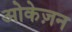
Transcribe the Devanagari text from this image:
ओकेज़न